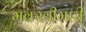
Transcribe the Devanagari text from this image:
मक्खीमारी